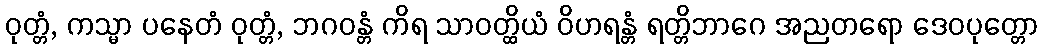
ဝုတ္တံ, ကသ္မာ ပနေတံ ဝုတ္တံ, ဘဂဝန္တံ ကိရ သာဝတ္ထိယံ ဝိဟရန္တံ ရတ္တိဘာဂေ အညတရော ဒေဝပုတ္တော